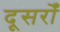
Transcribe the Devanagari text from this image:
दूसरोँ